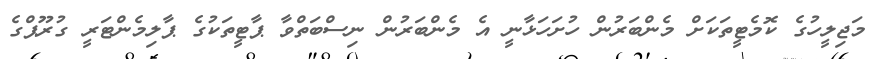
މަޖިލީހުގެ ކޮމެޓީތަކަށް މެންބަރުން ހުށަހަޅާނީ އެ މެންބަރުން ނިސްބަތްވާ ޕާޓީތަކުގެ ޕާލިމެންޓަރީ ގުރޫޕްގެ